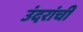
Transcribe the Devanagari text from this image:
उंदरांची